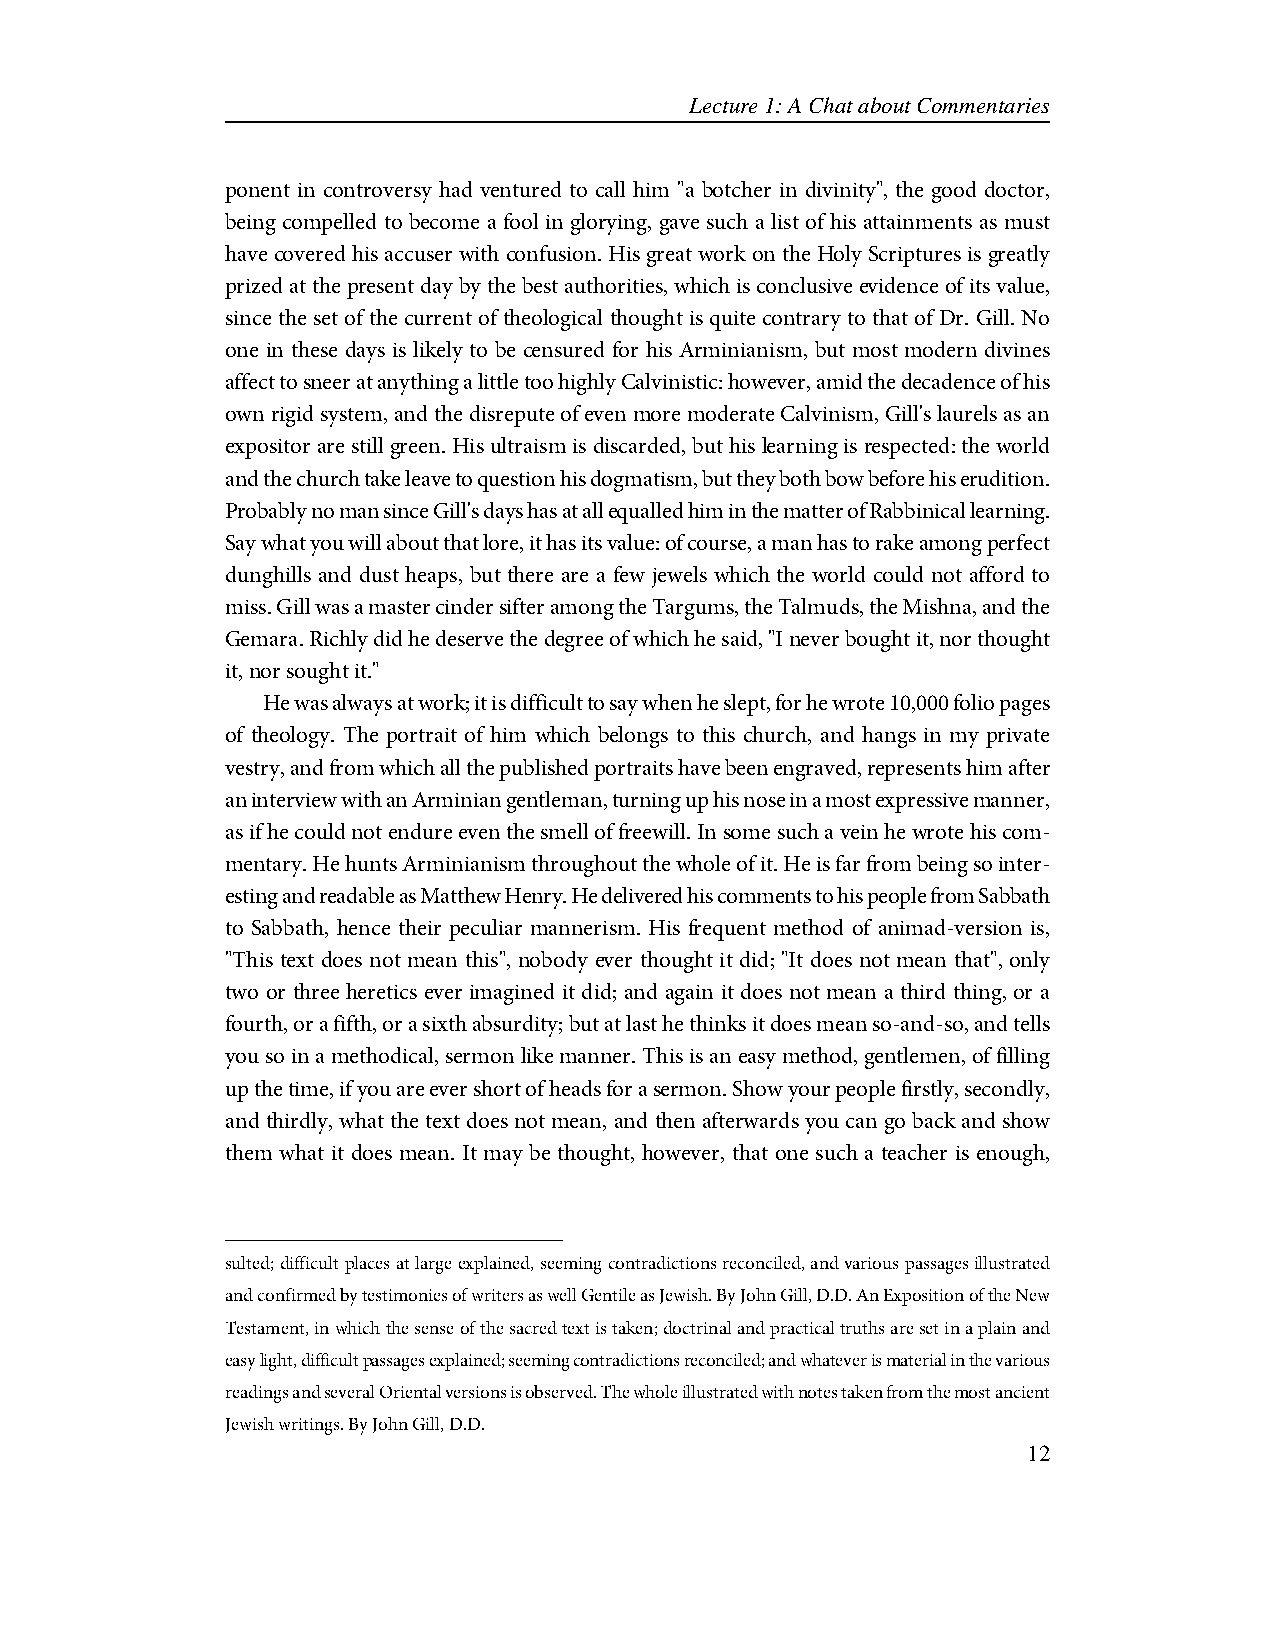
Lecture 1: A Chat about Commentaries
 ponent in controversy had ventured to call him "a botcher in divinity", the good doctor,
 being compelled to become a fool in glorying, gave such a list of his attainments as must
 have covered his accuser with confusion. His great work on the Holy Scriptures is greatly
 prized at the present day by the best authorities, which is conclusive evidence of its value,
 since the set of the current of theological thought is quite contrary to that of Dr. Gill. No
 one in these days is likely to be censured for his Arminianism, but most modern divines
 affect to sneer at anything a little too highly Calvinistic: however, amid the decadence of his
 own rigid system, and the disrepute of even more moderate Calvinism, Gill's laurels as an
 expositor are still green. His ultraism is discarded, but his learning is respected: the world
 and the church take leave to question his dogmatism, but they both bow before his erudition.
 Probably no man since Gill's days has at all equalled him in the matter of Rabbinical learning.
 Say what you will about that lore, it has its value: of course, a man has to rake among perfect
 dunghills and dust heaps, but there are a few jewels which the world could not afford to
 miss. Gill was a master cinder sifter among the Targums, the Talmuds, the Mishna, and the
 Gemara. Richly did he deserve the degree of which he said, "I never bought it, nor thought
 it, nor sought it."
 He was always at work; it is difficult to say when he slept, for he wrote 10,000 folio pages
 of theology. The portrait of him which belongs to this church, and hangs in my private
 vestry, and from which all the published portraits have been engraved, represents him after
 an interview with an Arminian gentleman, turning up his nose in a most expressive manner,
 as if he could not endure even the smell of freewill. In some such a vein he wrote his com-
 mentary. He hunts Arminianism throughout the whole of it. He is far from being so inter-
 esting and readable as Matthew Henry. He delivered his comments to his people from Sabbath
 to Sabbath, hence their peculiar mannerism. His frequent method of animad-version is,
 "This text does not mean this", nobody ever thought it did; "It does not mean that", only
 two or three heretics ever imagined it did; and again it does not mean a third thing, or a
 fourth, or a fifth, or a sixth absurdity; but at last he thinks it does mean so-and-so, and tells
 you so in a methodical, sermon like manner. This is an easy method, gentlemen, of filling
 up the time, if you are ever short of heads for a sermon. Show your people firstly, secondly,
 and thirdly, what the text does not mean, and then afterwards you can go back and show
 them what it does mean. It may be thought, however, that one such a teacher is enough,
 sulted; difficult places at large explained, seeming contradictions reconciled, and various passages illustrated
 and confirmed by testimonies of writers as well Gentile as Jewish. By John Gill, D.D. An Exposition of the New
 Testament, in which the sense of the sacred text is taken; doctrinal and practical truths are set in a plain and
 easy light, difficult passages explained; seeming contradictions reconciled; and whatever is material in the various
 readings and several Oriental versions is observed. The whole illustrated with notes taken from the most ancient
 Jewish writings. By John Gill, D.D.
 12